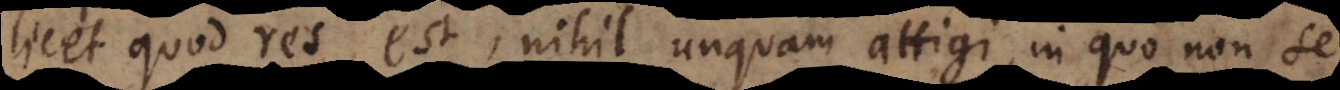
licet quod res est, nihil unquam attigi, in quo non se